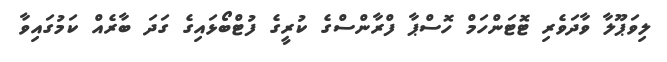
ލިވަޕޫލާ ވާދަވެރި ޓޮޓަންހަމް ހޮސްޕާ ފްރާންސްގެ ކުރީގެ ފުޓްބޯޅައިގެ ގަދަ ބާރެއް ކަމުގައިވާ